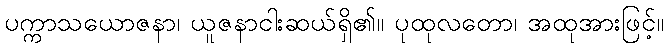
ပက္ကာသယောဇနာ၊ ယူဇနာငါးဆယ်ရှိ၏။ ပုထုလတော၊ အထုအားဖြင့်။